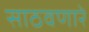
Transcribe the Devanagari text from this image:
साठवणारे